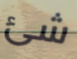
شئ